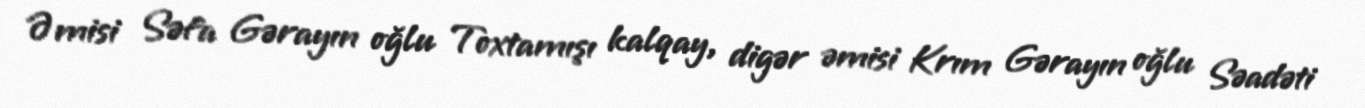
Əmisi Səfa Gərayın oğlu Toxtamışı kalqay, digər əmisi Krım Gərayın oğlu Səadəti